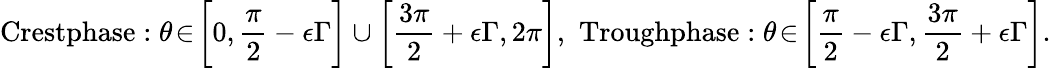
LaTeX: \textnormal{Crestphase}:\theta\! \in\! \bigg[0,\frac{\pi}{2}-\epsilon\Gamma\bigg]\cup\bigg[\frac{3\pi}{2}+\epsilon\Gamma,2\pi\bigg],\, \, \textnormal{Troughphase}:\theta\! \in\! \bigg[\frac{\pi}{2}-\epsilon\Gamma,\frac{3\pi}{2}+\epsilon\Gamma\bigg].